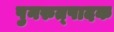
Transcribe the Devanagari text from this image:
पुनरुत्‍पादक